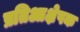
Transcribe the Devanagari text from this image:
प्रतिआक्षेपक